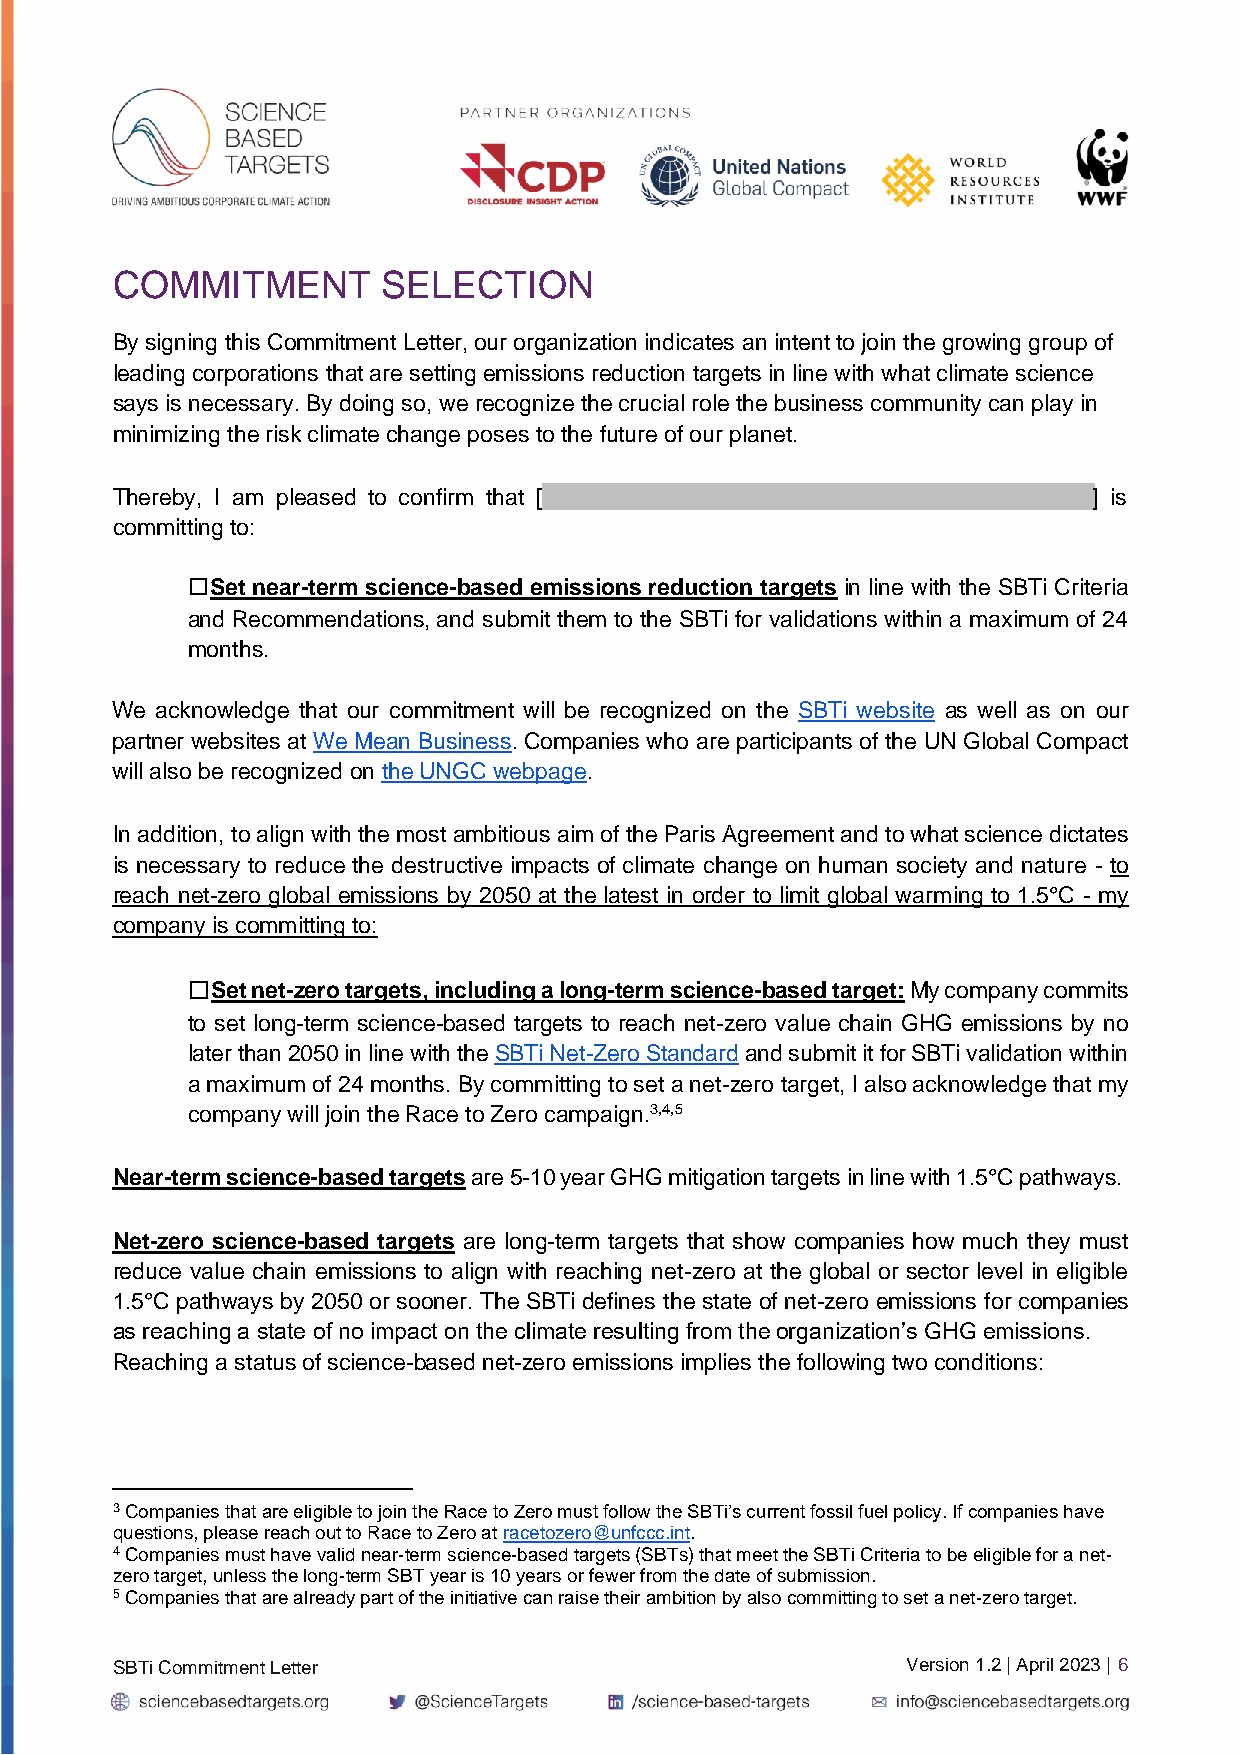
COMMITMENT        SELECTION
 By signing this Commitment Letter, our organization indicates an intent to join the growing group of
 leading corporations that are setting emissions reduction targets in line with what climate science
 says is necessary. By doing so, we recognize the crucial role the business community can play in
 minimizing the risk climate change poses to the future of our planet.
 Thereby, I am pleased to confirm that [                          ] is
 committing to:
 ☐Set near-term science-based emissions reduction targets in line with the SBTi Criteria
 and Recommendations, and submit them to the SBTi for validations within a maximum of 24
 months.
 We acknowledge that our commitment will be recognized on the SBTi website as well as on our
 partner websites at We Mean Business. Companies who are participants of the UN Global Compact
 will also be recognized on the UNGC webpage.
 In addition, to align with the most ambitious aim of the Paris Agreement and to what science dictates
 is necessary to reduce the destructive impacts of climate change on human society and nature - to
 reach net-zero global emissions by 2050 at the latest in order to limit global warming to 1.5°C - my
 company is committing to:
 ☐Set net-zero targets, including a long-term science-based target: My company commits
 to set long-term science-based targets to reach net-zero value chain GHG emissions by no
 later than 2050 in line with the SBTi Net-Zero Standard and submit it for SBTi validation within
 a maximum of 24 months. By committing to set a net-zero target, I also acknowledge that my
 company will join the Race to Zero campaign.3,4,5
 Near-term science-based targets are 5-10 year GHG mitigation targets in line with 1.5°C pathways.
 Net-zero science-based targets are long-term targets that show companies how much they must
 reduce value chain emissions to align with reaching net-zero at the global or sector level in eligible
 1.5°C pathways by 2050 or sooner. The SBTi defines the state of net-zero emissions for companies
 as reaching a state of no impact on the climate resulting from the organization’s GHG emissions.
 Reaching a status of science-based net-zero emissions implies the following two conditions:
 3 Companies that are eligible to join the Race to Zero must follow the SBTi’s current fossil fuel policy. If companies have
 questions, please reach out to Race to Zero at racetozero@unfccc.int.
 4 Companies must have valid near-term science-based targets (SBTs) that meet the SBTi Criteria to be eligible for a net-
 zero target, unless the long-term SBT year is 10 years or fewer from the date of submission.
 5 Companies that are already part of the initiative can raise their ambition by also committing to set a net-zero target.
 SBTi Commitment Letter                               Version 1.2 | April 2023 | 6